Report on plague and inoculation in the Punjab from October 1st ... to September 30th..., being the ... season of plague in the province
Disease focus: Plague
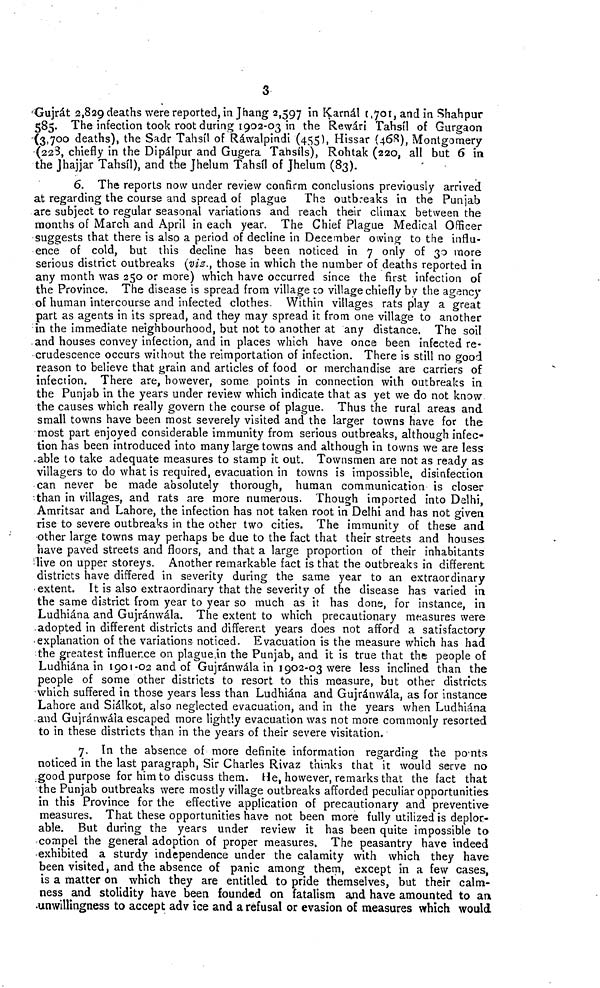
3
Gujrát 2,829 deaths were reported, in Jhang 2,597 in Karnál 1.701, and in Shahpur
585. The infection took root during 1902-03 in the Rewári Tahsíl of Gurgaon
(3,700 deaths), the Sadr Tahsíl of Ráwalpindi (455), Hissar (468), Montgomery
(228, chiefly in the Dipálpur and Gugera Tahsíls), Rohtak (220, all but 6 in
the Jhajjar Tahsíl), and the Jhelum Tahsíl of Jhelum (83).
6. The reports now under review confirm conclusions previously arrived
at regarding the course and spread of plague The outbreaks in the Punjab
are subject to regular seasonal variations and reach their climax between the
months of March and April in each year. The Chief Plague Medical Officer
suggests that there is also a period of decline in December owing to the influ-
ence of cold, but this decline has been noticed in 7 only of 30 more
serious district outbreaks (viz., those in which the number of deaths reported in
any month was 250 or more) which have occurred since the first infection of
the Province. The disease is spread from village to village chiefly by the agency
of human intercourse and infected clothes. Within villages rats play a great
part as agents in its spread, and they may spread it from one village to another
in the immediate neighbourhood, but not to another at any distance. The soil
and houses convey infection, and in places which have once been infected re-
crudescence occurs without the reimportation of infection. There is still no good
reason to believe that grain and articles of food or merchandise are carriers of
infection. There are, however, some points in connection with outbreaks in
the Punjab in the years under review which indicate that as yet we do not know
the causes which really govern the course of plague. Thus the rural areas and
small towns have been most severely visited and the larger towns have for the
most part enjoyed considerable immunity from serious outbreaks, although infec-
tion has been introduced into many large towns and although in towns we are less
able to take adequate measures to stamp it out. Townsmen are not as ready as
villagers to do what is required, evacuation in towns is impossible, disinfection
can never be made absolutely thorough, human communication is closer
than in villages, and rats are more numerous. Though imported into Delhi,
Amritsar and Lahore, the infection has not taken root in Delhi and has not given
rise to severe outbreaks in the other two cities. The immunity of these and
other large towns may perhaps be due to the fact that their streets and houses
have paved streets and floors, and that a large proportion of their inhabitants
live on upper storeys. Another remarkable fact is that the outbreaks in different
districts have differed in severity during the same year to an extraordinary
extent. It is also extraordinary that the severity of the disease has varied in
the same district from year to year so much as it has done, for instance, in
Ludhiána and Gujránwála. The extent to which precautionary measures were
adopted in different districts and different years does not afford a satisfactory
explanation of the variations noticed. Evacuation is the measure which has had
the greatest influence on plague in the Punjab, and it is true that the people of
Ludhiána in 1901-02 and of Gujránwála in 1902-03 were less inclined than the
people of some other districts to resort to this measure, but other districts
which suffered in those years less than Ludhiána and Gujránwála, as for instance
Lahore and Siálkot, also neglected evacuation, and in the years when Ludhiána
and Gujránwála escaped more lightly evacuation was not more commonly resorted
to in these districts than in the years of their severe visitation.
7. In the absence of more definite information regarding the points
noticed in the last paragraph, Sir Charles Rivaz thinks that it would serve no
good purpose for him to discuss them. He, however, remarks that the fact that
the Punjab outbreaks were mostly village outbreaks afforded peculiar opportunities
in this Province for the effective application of precautionary and preventive
measures. That these opportunities have not been more fully utilized is deplor-
able. But during the years under review it has been quite impossible to
compel the general adoption of proper measures. The peasantry have indeed
exhibited a sturdy independence under the calamity with which they have
been visited, and the absence of panic among them, except in a few cases,
is a matter on which they are entitled to pride themselves, but their calm-
ness and stolidity have been founded on fatalism and have amounted to an
unwillingness to accept advice and a refusal or evasion of measures which would